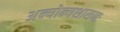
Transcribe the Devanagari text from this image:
अन्योन्यशासनः